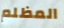
المظلم